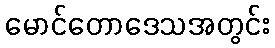
မောင်တောဒေသအတွင်း